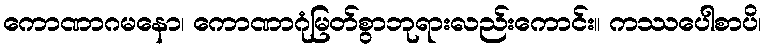
ကောဏာဂမနော၊ ကောဏာဂုံမြတ်စွာဘုရားလည်းကောင်း။ ကဿပေါစာပိ၊